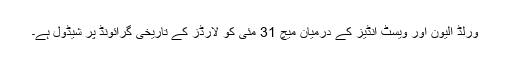
ورلڈ الیون اور ویسٹ انڈیز کے درمیان میچ 31 مئی کو لارڈز کے تاریخی گرائونڈ پر شیڈول ہے۔